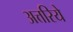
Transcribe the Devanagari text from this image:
अत्तरिये